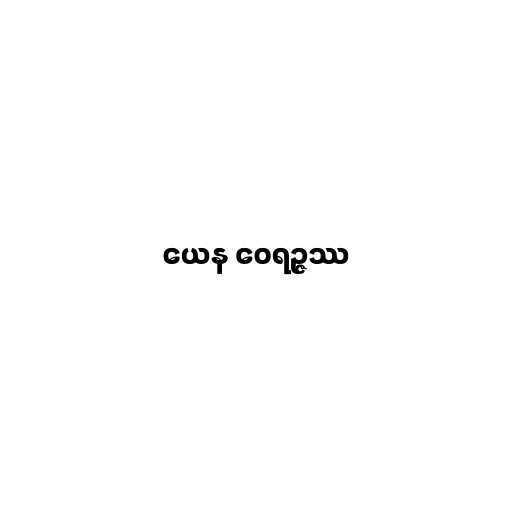
ယေန ဝေရဉ္ဇဿ